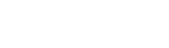
ကလဟဝိဝါဒသုတ်။